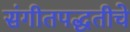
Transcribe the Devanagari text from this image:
संगीतपद्धतीचे